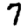
Digit: 7